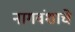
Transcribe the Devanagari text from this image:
नागवंशाचे